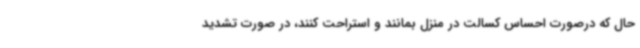
حال که درصورت احساس کسالت در منزل بمانند و استراحت کنند، در صورت تشدید